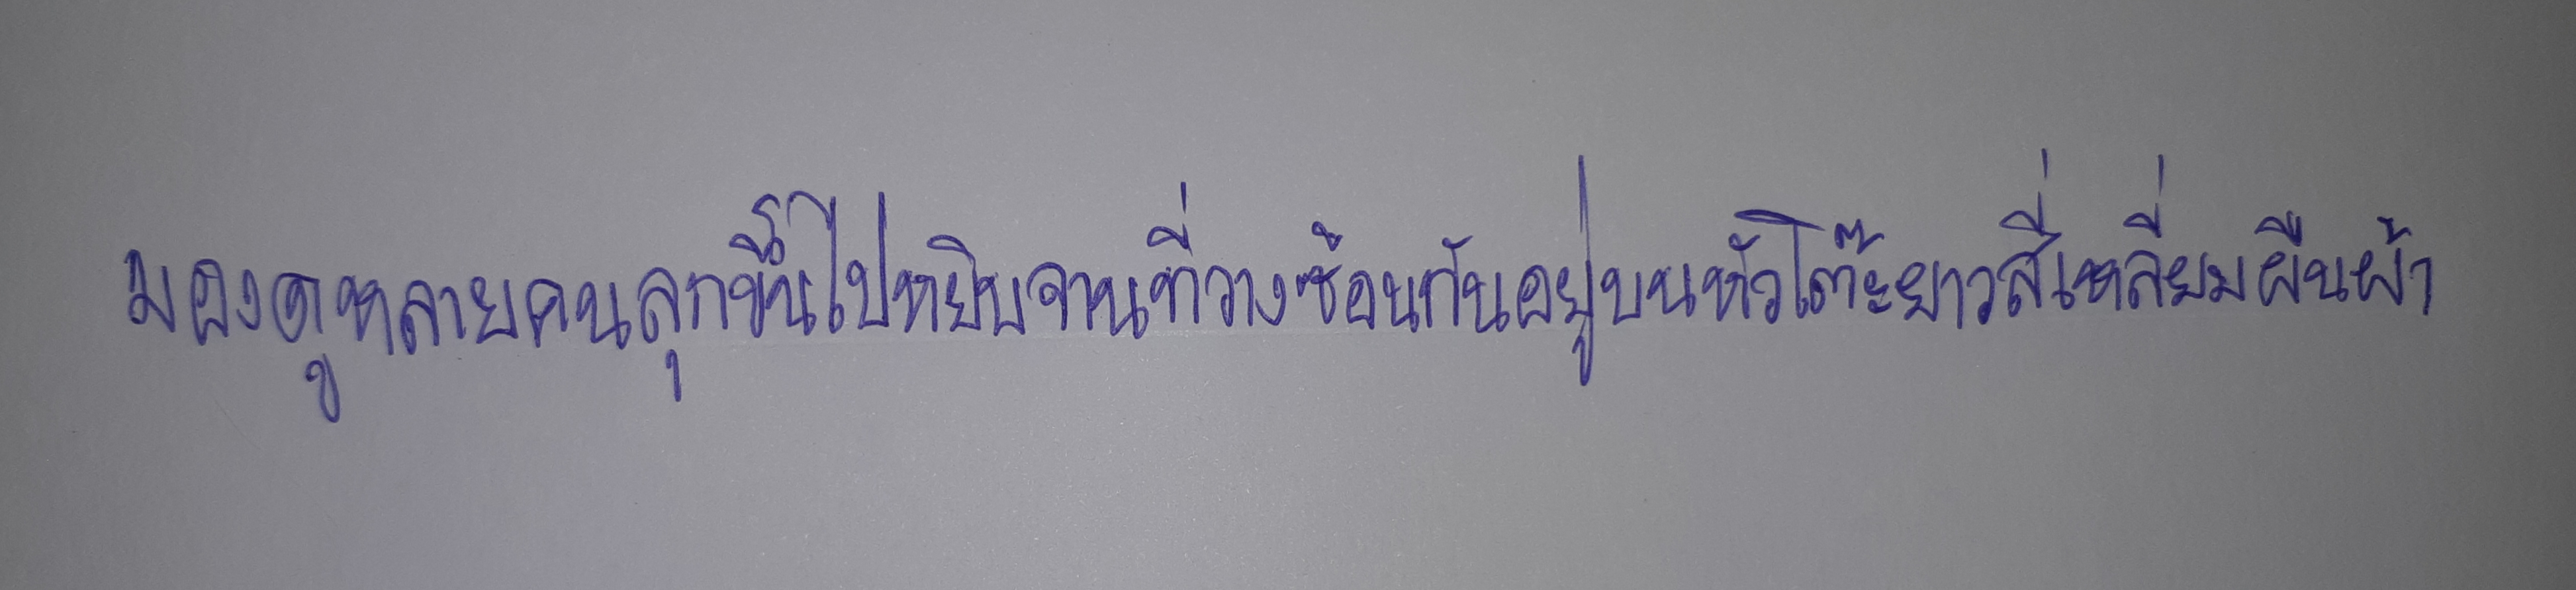
มองดูคนหลายคนลุกขึ้นไปหยิบจานที่วางซ้อนกันอยู่ตรงหัวโต๊ะยาวสี่เหลี่ยมผืนผ้า